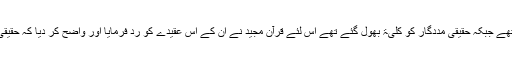
وہ ان کے نام کی نذر بھی مانتے تھے جبکہ حقیقی مددگار کو کلیۃً بھول گئے تھے اس لئے قرآن مجید نے ان کے اس عقیدے کو رد فرمایا اور واضح کر دیا کہ حقیقی ولی اور نصیر فقط اللہ تعالیٰ ہے۔